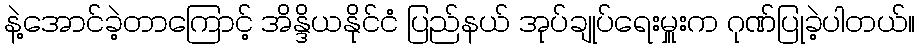
နဲ့အောင်ခဲ့တာကြောင့် အိန္ဒိယနိုင်ငံ ပြည်နယ် အုပ်ချုပ်ရေးမှူးက ဂုဏ်ပြုခဲ့ပါတယ်။